Annual administration report of the Civil Veterinary Department, Ajmere-Merwara, British Rajputana - 1914-1940
Year: 1914
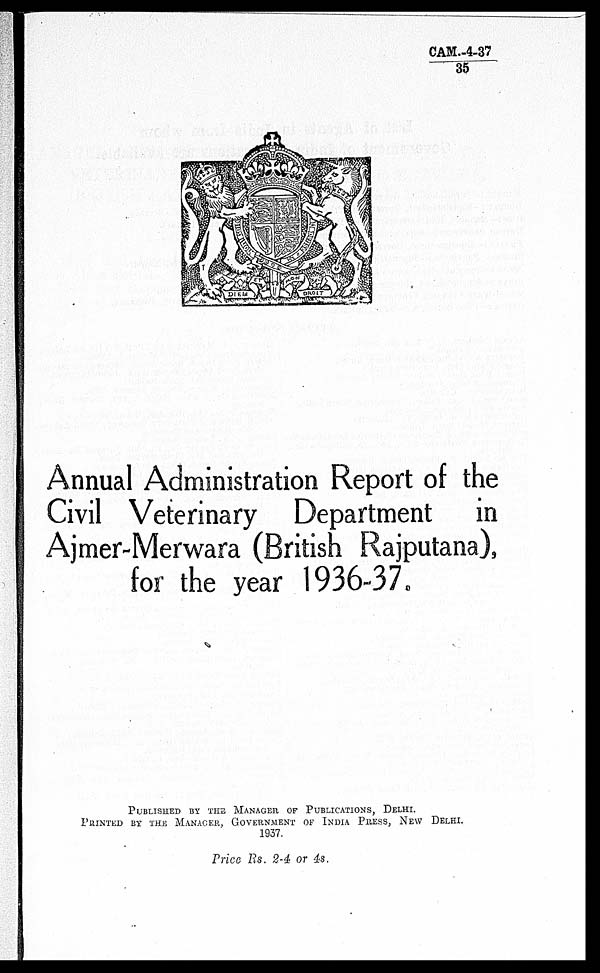
CAM.-4-37
35
Annual Administration Report of the
Civil Veterinary Department in
Ajmer-Merwara (British Rajputana),
for the year 1936-37.
PUBLISHED BY THE MANAGER OF PUBLICATIONS, DELHI.
PRINTED BY THE MANAGER, GOVERNMENT OF INDIA PRESS, NEW DELHI.
1937.
Price Rs. 2-4 or 4s.